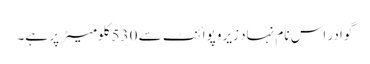
گوادر اس نام نہاد زیرو پوائنٹ سے 530 کلومیٹر پر ہے۔